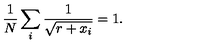
{ \frac { 1 } { N } } \sum _ { i } { \frac { 1 } { \sqrt { r + x _ { i } } } } = 1 .